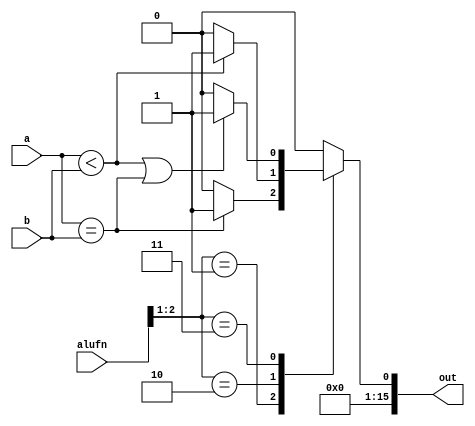
/*
   This file was generated automatically by the Mojo IDE version B1.3.6.
   Do not edit this file directly. Instead edit the original Lucid source.
   This is a temporary file and any changes made to it will be destroyed.
*/

module compare_16bits_8 (
    input [5:0] alufn,
    input [15:0] a,
    input [15:0] b,
    output reg [15:0] out
  );
  
  
  
  always @* begin
    out[0+15-:16] = 1'h0;
    
    case (alufn[1+1-:2])
      2'h1: begin
        if (a == b) begin
          out[0+0-:1] = 1'h1;
        end
      end
      2'h2: begin
        if (a < b) begin
          out[0+0-:1] = 1'h1;
        end
      end
      2'h3: begin
        if (a < b | a == b) begin
          out[0+0-:1] = 1'h1;
        end
      end
      default: begin
        out[0+0-:1] = 1'h0;
      end
    endcase
  end
endmodule